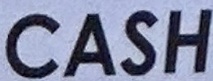
CASH